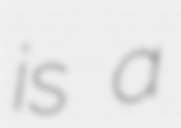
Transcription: is a